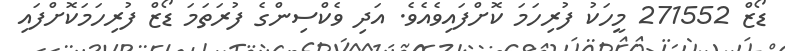
ޑޯޒް 271552 މީހަކު ފުރިހަމަ ކޮށްފައިވެއެވެ. އަދި ވެކްސިންގެ ފުރަތަމަ ޑޯޒް ފުރިހަމަކޮށްފައި